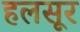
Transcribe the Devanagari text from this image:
हलसूर